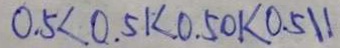
0 . 5 < 0 . 5 1 < 0 . 5 0 k < 0 . 5 1 1